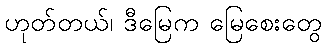
ဟုတ်တယ်၊ ဒီမြေက မြေစေးတွေ